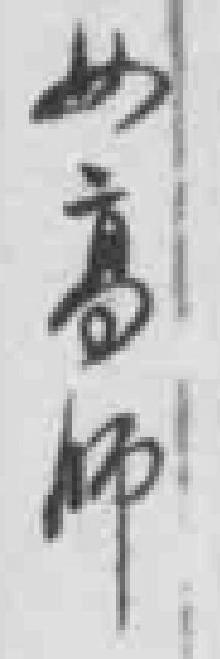
女高师